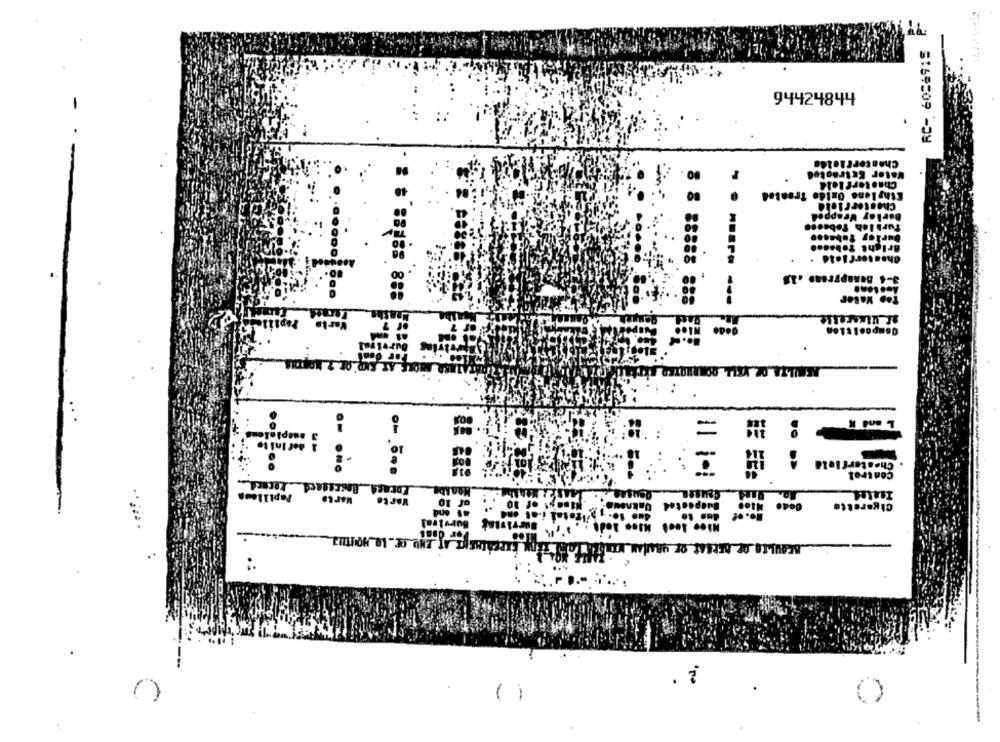
94424844
Cheaterciolda
Water Extraotel
Chesterfield
Ethylene Oxido Trantes
Chostorriche
Burley Wrapped
Turklah Toba ...
Durley tobacon
Bright Toben ..
Chesterfield . .
3-4 Denapyroas .18
Acetone
: $ 88188 888
Karl
=
L and K
Chesterfield
control
Papillons
Mensbe
Warte Marts
of 10
Moest of 10
Dakno
te4
Cigarette
49 end
1" Total i-ot and
No. ef
Por 0ans
..
2 .
( )